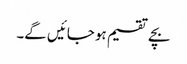
بچے تقسیم ہو جائیں گے۔